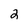
Character: 2